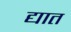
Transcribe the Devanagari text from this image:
द्यात